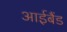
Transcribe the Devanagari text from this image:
आईबैंड